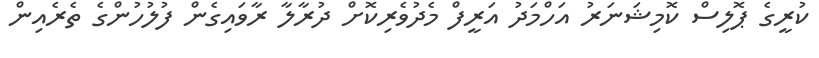
ކުރީގެ ޕޮލިސް ކޮމިޝަނަރު އަހްމަދު އަރީފް މެދުވެރިކޮށް ދުރާލާ ރާވައިގެން ފުލުހުންގެ ތެރެއިން